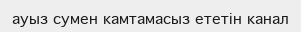
ауыз сумен камтамасыз ететін канал